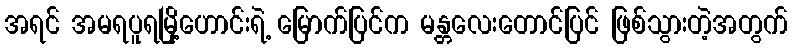
အရင် အမရပူရမြို့ဟောင်းရဲ့ မြောက်ပြင်က မန္တလေးတောင်ပြင် ဖြစ်သွားတဲ့အတွက်